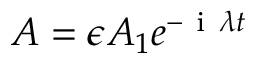
A = \epsilon A _ { 1 } e ^ { - \mathrm { ~ i ~ } \lambda t }